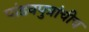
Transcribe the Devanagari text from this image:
पांडवपुत्रांचीच